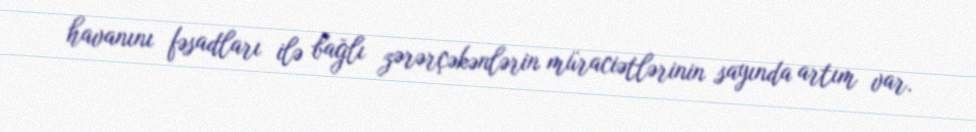
havanını fəsadları ilə bağlı zərərçəkənlərin müraciətlərinin sayında artım var.